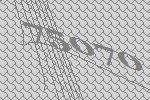
75070